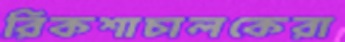
রিকশাচালকেরা